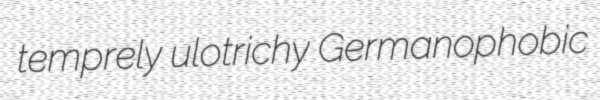
temprely ulotrichy Germanophobic